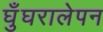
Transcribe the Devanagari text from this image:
घुँघरालेपन